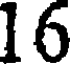
16